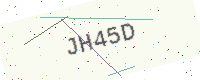
Text: JH45D